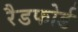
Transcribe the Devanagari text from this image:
रैडफोर्ड